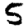
Digit: 5